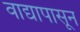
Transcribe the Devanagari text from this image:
वाद्यापासून